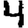
Digit: 4